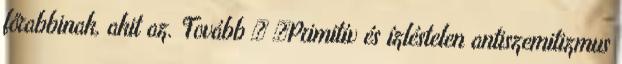
főrabbinak, akit az. Tovább › ›Primitív és ízléstelen antiszemitizmus